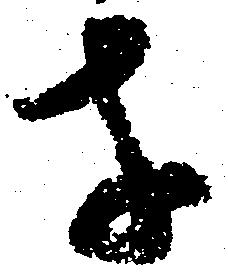
等